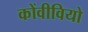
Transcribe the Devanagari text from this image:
कोंवीवियो